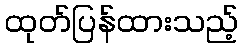
ထုတ်ပြန်ထားသည့်